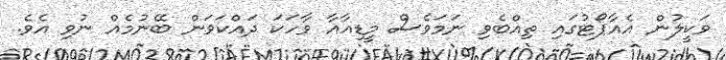
ވަކީލުން އެއާޕޯޓުގައި ތިއްބެވި ނަމަވެސް މީޑިއާއާ ވާހަކަ ދައްކަވަން ބޭނުމެއް ނުވި އެވެ.